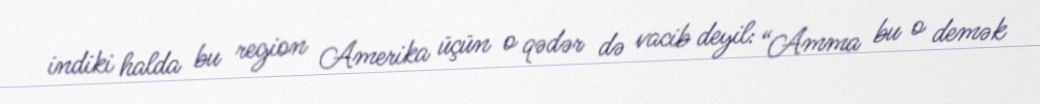
indiki halda bu region Amerika üçün o qədər də vacib deyil: “Amma bu o demək